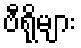
ဗီရိုများ